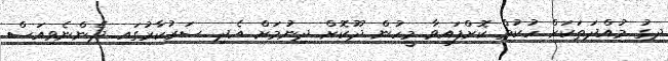
ދިގު މުއްދަތަކަށް ހުކުމް ކޮށްފައިވާ މީހުން ދޫކޮށް ދިނުމަށް އެދި ސަރުކާރުގައި ދެންނެވިއަސް